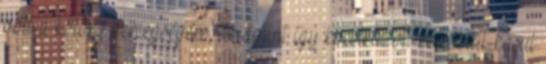
volt a kőtörő hercegségére, de amint így kocsikázott keresztül-kasul